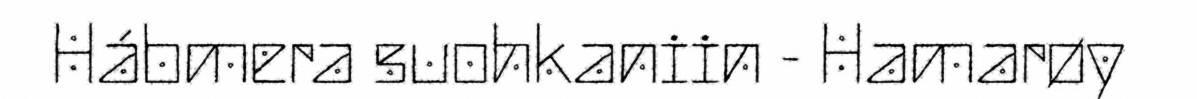
Hábmera suohkaniin - Hamarøy